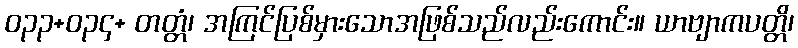
ဝ၃၃+၀၃၄+ တတ္တံ၊ အကြင်ပြစ်မှားသောအဖြစ်သည်လည်းကောင်း။ ယာဗျာကပတ္တိ၊